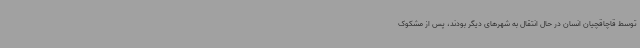
توسط قاچاقچیان انسان در حال انتقال به شهرهای دیگر بودند، پس از مشکوک